Manual of the Civil Veterinary Department, Central Provinces and Berar
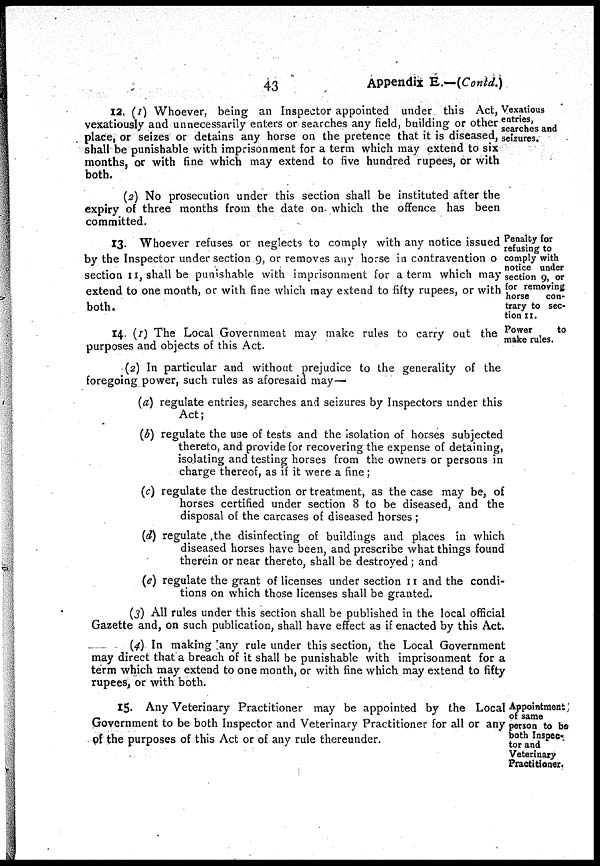
43
Appendix
E.—(Contd.)
Vexatious
entries,
searches and
seizures.
12. (1) Whoever, being an Inspector appointed under this Act,
vexatiously and unnecessarily enters or searches any field, building or other
place, or seizes or detains any horse on the pretence that it is diseased,
shall be punishable with imprisonment for a term which may extend to six
months, or with fine which may extend to five hundred rupees, or with
both.
(2) No prosecution under this section shall be instituted after the
expiry of three months from the date on- which the offence has been
committed.
Penalty for
refusing to
comply with
notice under
section 9, or
for removing
horse
con-
trary to sec-
tion it.
13. Whoever refuses or neglects to comply with any notice issued
by the Inspector under section 9, or removes any horse in contravention o
section II, shall be punishable with imprisonment for a term which may
extend to one month, or with fine which may extend to fifty rupees, or with
both.
Power
to
make rules.
14. (1) The Local Government may make rules to carry out the
purposes and objects of this Act.
(2) In particular and without prejudice to the generality of the
foregoing power, such rules as aforesaid may—
(a) regulate entries, searches and seizures by Inspectors under this
Act;
(b) regulate the use of tests and the isolation of horses subjected
thereto, and provide for recovering the expense of detaining,
isolating and testing horses from the owners or persons in
charge thereof, as if it were a fine;
(c) regulate the destruction or treatment, as the case may be, of
horses certified under section 8 to be diseased, and the
disposal of the carcases of diseased horses ;
(d) regulate the disinfecting of buildings and places in which
diseased horses have been, and prescribe what things found
therein or near thereto, shall be destroyed; and
(e) regulate the grant of licenses under section 11 and the condi-
tions on which those licenses shall be granted.
(3) All rules under this section shall be published in the local official
Gazette and, on such publication, shall have effect as if enacted by this Act.
(4) In making any rule under this section, the Local Government
may direct that a breach of it shall be punishable with imprisonment for a
term which may extend to one month, or with fine which may extend to fifty
rupees, or with both.
Appointment
of same
person to be
both Inspec-
tor and
Veterinary
Practitioner.
15. Any Veterinary Practitioner may be appointed by the Local
Government to be both Inspector and Veterinary Practitioner for all or any
of the purposes of this Act or of any rule thereunder.